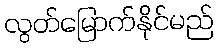
လွတ်မြောက်နိုင်မည်